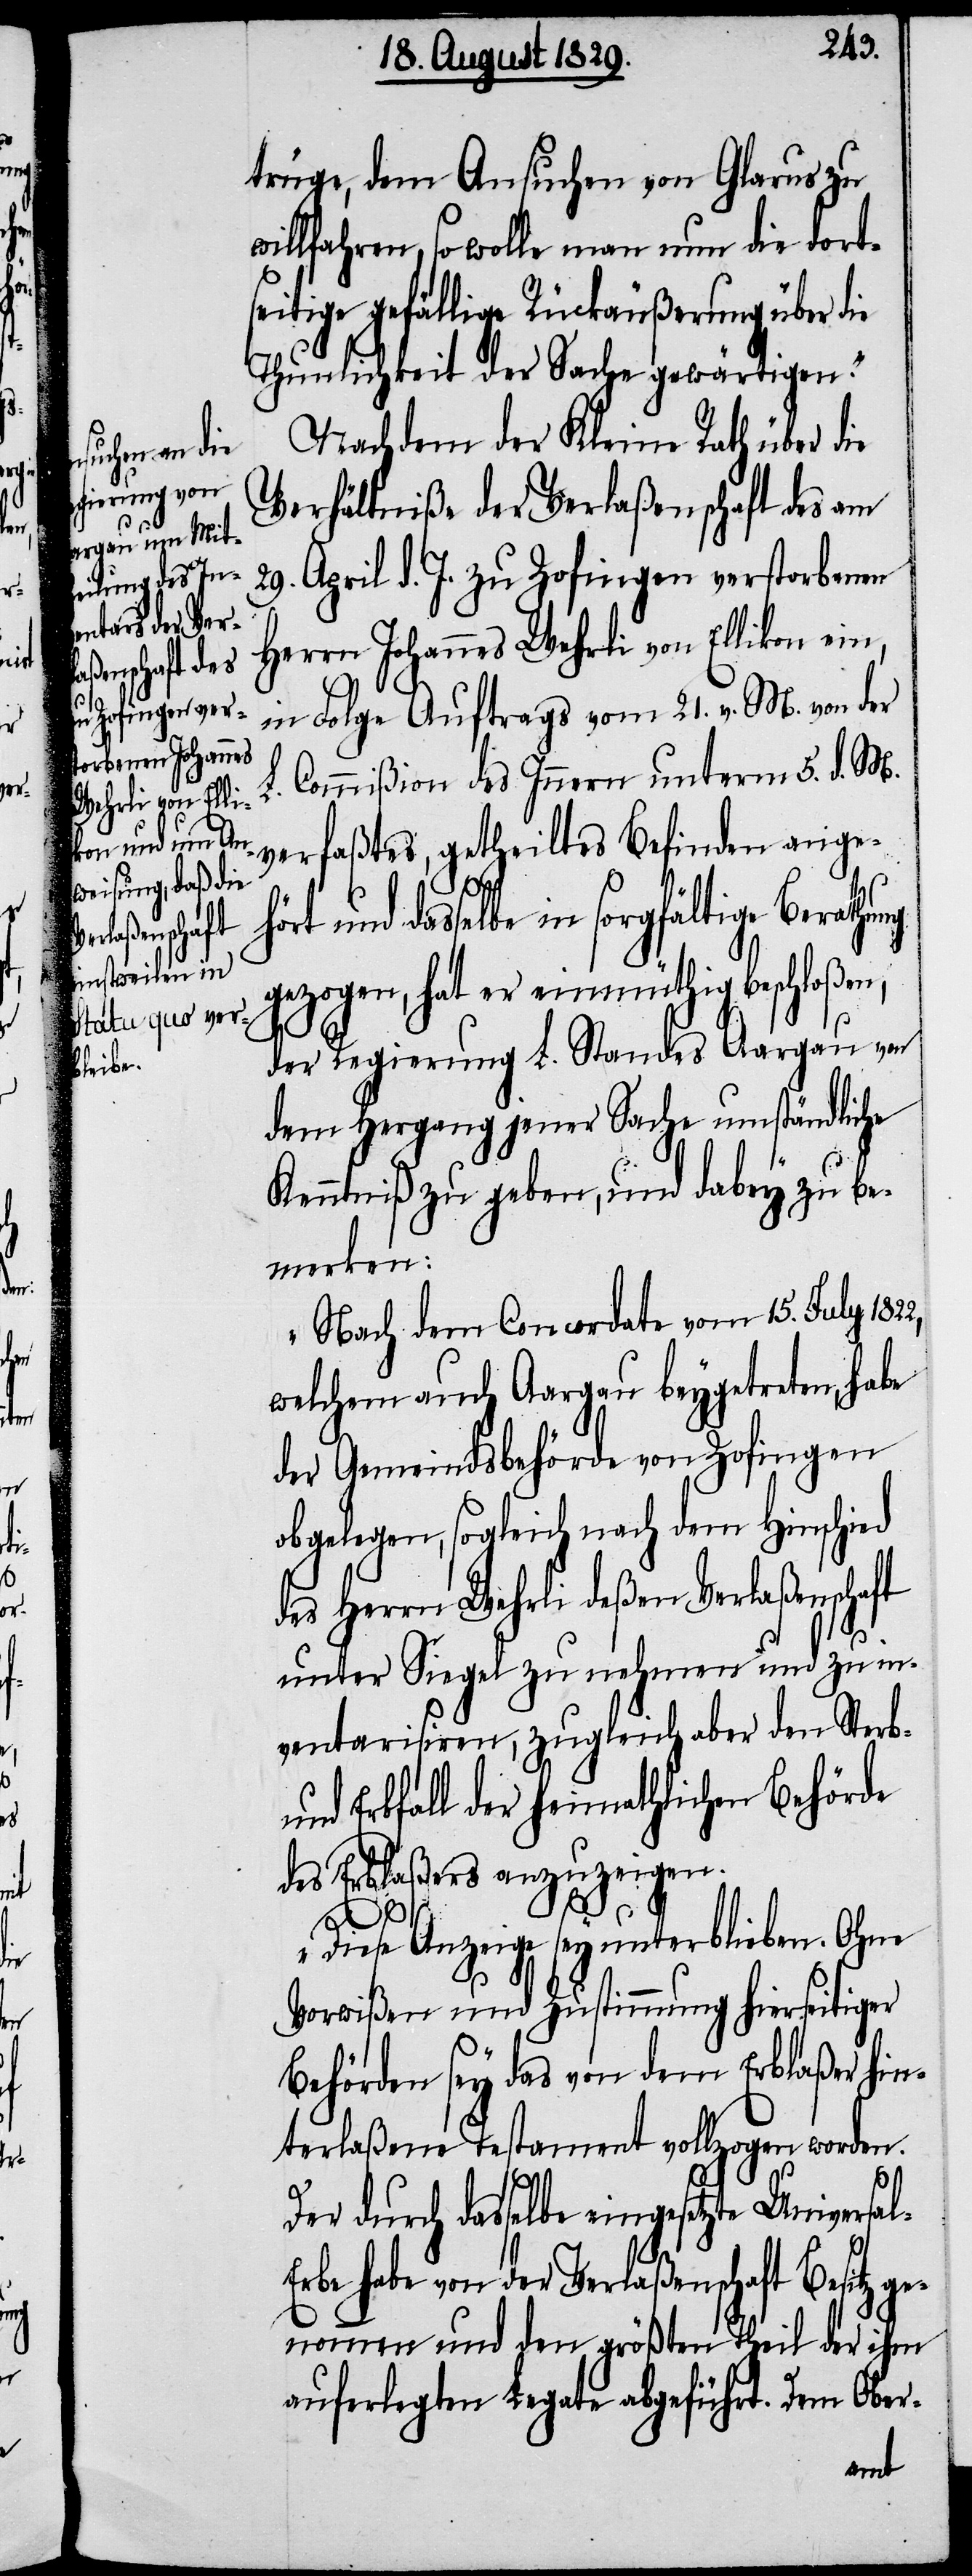
ge¬
ng

trüge, dem Ansuchen von Glarus zu
willfahren, so wolle man nun die dort¬
seitige gefällige Rückäußerung über die
Thunlichkeit der Sache gewärtigen.“
Nachdem der Kleine Rath über die
Verhältniße der Verlaßenschaft des am
29. April d. J. zu Zofingen verstorbenen
Herrn Johannes Wehrli von Ellikon ein,
in Folge Auftrags vom 21. v. M. von der
L. Commißion des Innern unterm 5. d. M.
verfaßtes, getheiltes Befinden ange¬
und dasselbe in sorgfältige Berathu¬
gezogen, hat er einmüthig beschloßen,
der Regierung L. Standes Aargau von
dem Hergang jener Sache umständliche
Kenntniß zu geben, und dabey zu be¬
merken:
„Nach dem Concordate vom 15. July
welchem auch Aargau beygetreten, habe
der Gemeindsbehörde von Zofingen
obgelegen, sogleich nach dem Hinschied
des Herrn Wehrli deßen Verlaßenschaft
unter Siegel zu nehmen und zu in¬
ventarisiren, zugleich aber den Sterb-
und Erbfall der heimathlichen Behörde
des Erblaßers anzuzeigen.
Diese Anzeige sey unterblieben. Ohne
Vorwißen und Zustimmung hierseitiger
Behörden sey das von dem Erblaßer hin¬
terlaßene Testament vollzogen worden.
Der durch dasselbe eingesetzte Universa¬
rbe habe von der Verlaßenschaft Besitz
nommen und den größten Theil der ihm
auferlegten Legate abgeführt. Dem Ober-